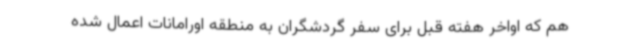
هم که اواخر هفته قبل برای سفر گردشگران به منطقه اورامانات اعمال شده